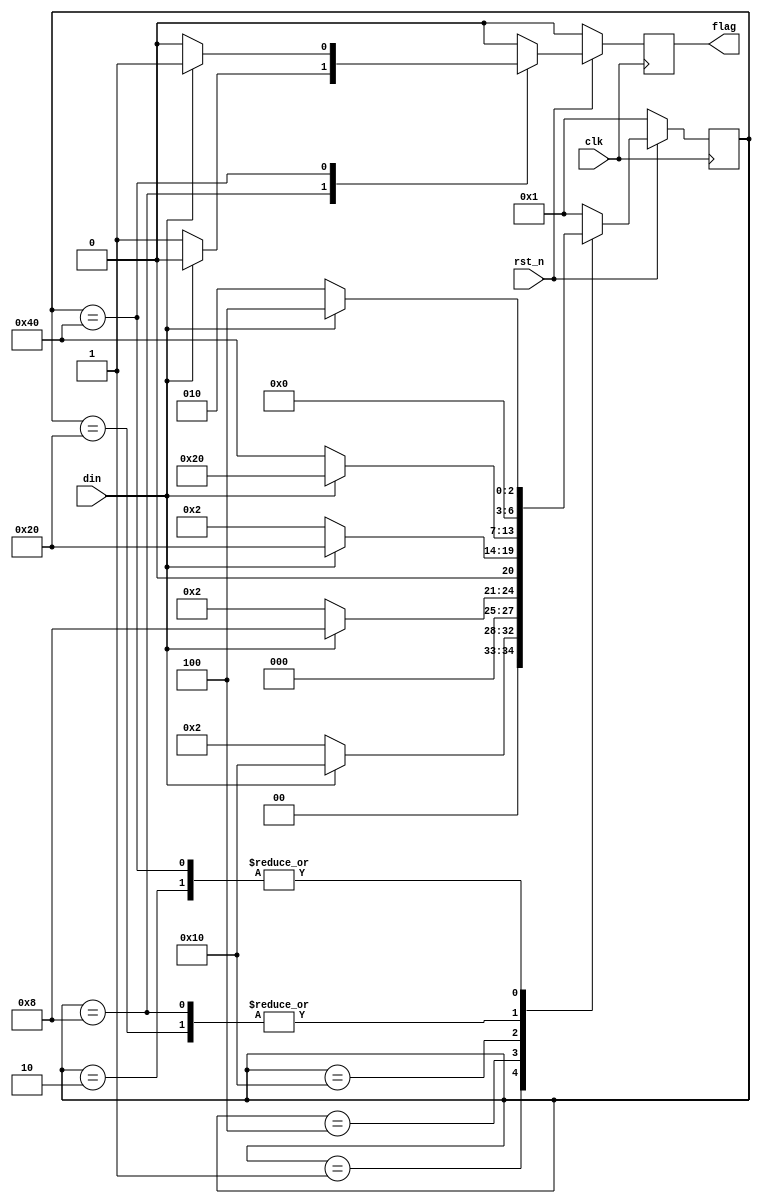

`timescale 1 ns / 1 ns

module seq_detect(flag, din, clk, rst_n);
  output reg flag;
  input din, clk, rst_n;
  parameter IDLE = 7'b000_0001, A = 7'b000_0010, B = 7'b000_0100,
               C = 7'b000_1000, D = 7'b001_0000, E = 7'b010_0000,
               F = 7'b100_0000;
  reg [6:0] state;
  
  always @ (negedge clk)
  begin
    if(!rst_n)begin state <= IDLE; flag <= 1'b0; end
    else
      case(state)
        IDLE: if(din)begin state <= D; flag <= 1'b0; end
              else begin state <= A; flag <= 1'b0; end
        A:    if(din)begin state <= B; flag <= 1'b0; end
              else begin state <= A; flag <= 1'b0; end
        B:    if(din)begin state <= C; flag <= 1'b0; end
              else begin state <= A; flag <= 1'b0; end
        C:    if(din)begin state <= E; flag <= 1'b0; end
              else begin state <= F; flag <= 1'b1; end
        D:    if(din)begin state <= E; flag <= 1'b0; end
              else begin state <= A; flag <= 1'b0; end
        E:    if(din)begin state <= E; flag <= 1'b0; end
              else begin state <= F; flag <= 1'b0; end
        F:    if(din)begin state <= B; flag <= 1'b1; end
              else begin state <= A; flag <= 1'b0; end
        default:begin state <= IDLE; flag <= 1'b0; end
      endcase
  end
endmodule